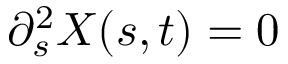
\partial _ { s } ^ { 2 } { \ensuremath \boldsymbol { X } } ( s , t ) = 0